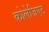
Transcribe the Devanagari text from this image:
कोलेजिएट